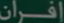
افران